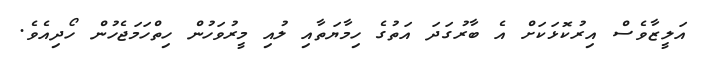
އަލީޒާވެސް އިރުކޮޅަކަށް އެ ބާރުގަދަ އަތުގެ ހިމާޔަތާއި ލުއި މީރުވަހުން ހިތްހަމަޖެހުން ހޯދިއެވެ.